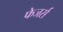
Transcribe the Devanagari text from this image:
फेजर्स